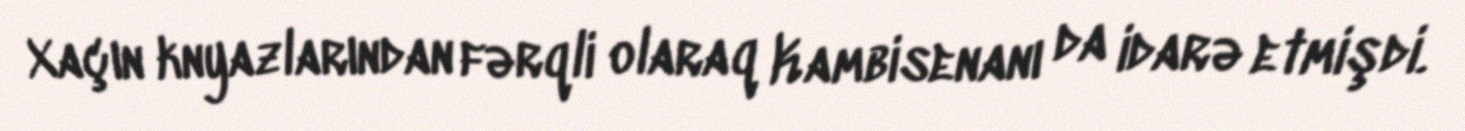
Xaçın knyazlarından fərqli olaraq Kambisenanı da idarə etmişdi.